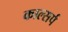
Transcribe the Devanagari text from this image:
काल्सर्प